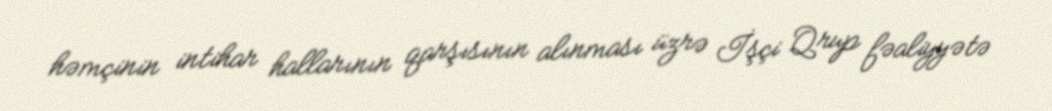
həmçinin intihar hallarının qarşısının alınması üzrə İşçi Qrup fəaliyyətə